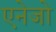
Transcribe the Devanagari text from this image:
एनेजो